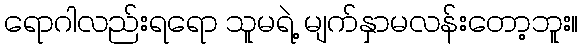
ရောဂါလည်းရရော သူမရဲ့ မျက်နှာမလန်းတော့ဘူး။